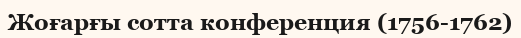
Жоғарғы сотта конференция (1756-1762)